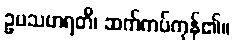
ဥပသဟရတိ၊ ဆက်ကပ်ကုန်၏။